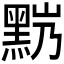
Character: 𪐹